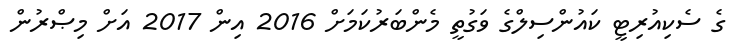
ގެ ސެކިއުރިޓީ ކައުންސިލްގެ ވަގުތީ މެންބަރުކަމަށް 2016 އިން 2017 އަށް މިޞްރުން